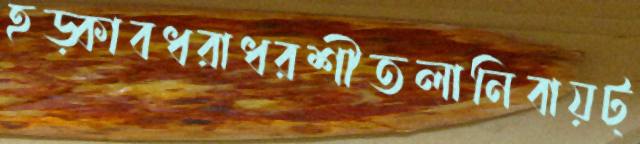
হড়্‌কাবধরাধরশীতলানিবায়ট্